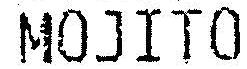
MOJITO